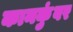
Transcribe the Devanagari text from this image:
कानकुंवर